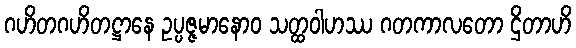
ဂဟိတဂဟိတဋ္ဌာနေ ဥပ္ပဇ္ဇမာနောဝ သတ္ထဝါဟဿ ဂတကာလတော ဌိတာဟိ